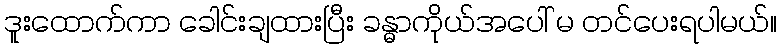
ဒူးထောက်ကာ ခေါင်းချထားပြီး ခန္ဓာကိုယ်အပေါ် မ တင်ပေးရပါမယ်။